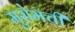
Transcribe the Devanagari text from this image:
मुरोमची